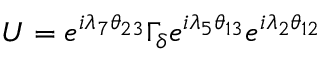
U = e ^ { i \lambda _ { 7 } \theta _ { 2 3 } } \Gamma _ { \delta } e ^ { i \lambda _ { 5 } \theta _ { 1 3 } } e ^ { i \lambda _ { 2 } \theta _ { 1 2 } }